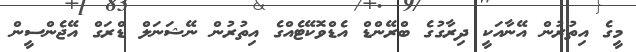
މީގެ އިތުރުން އޭނާއަކީ ދިރާގުގެ ބްރޭންޑް އެޑްވޮކޭޓެއްގެ އިތުރުން ނޭޝަނަލް ޑްރަގް އޭޖެންސީން